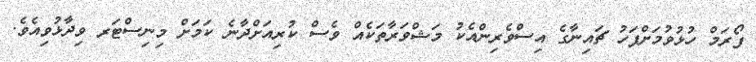
ފޯރަމް ހުޅުވުމަށްފަހު ޗައިނާގެ އިސްވެރިންއެކު މަޝްވަރާތަކެއް ވެސް ކުރިއަށްދާނެ ކަމަށް މިނިސްޓަރ ވިދާޅުވިއެވެ.